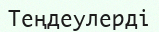
Теңдеулерді